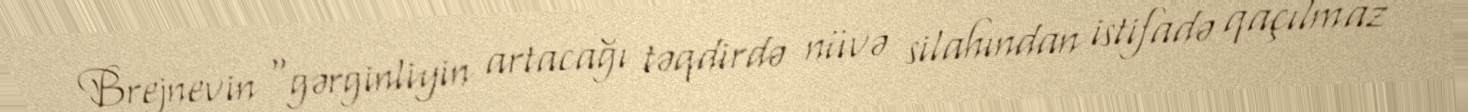
Brejnevin “gərginliyin artacağı təqdirdə nüvə silahından istifadə qaçılmaz